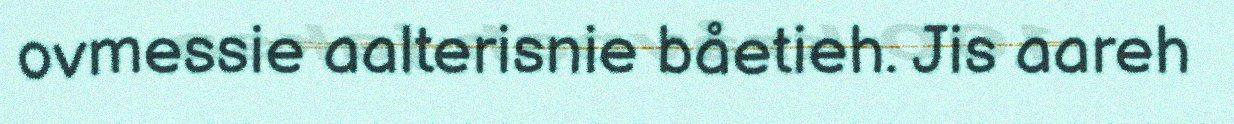
ovmessie aalterisnie båetieh. Jis aareh